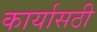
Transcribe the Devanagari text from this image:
कार्यासठी